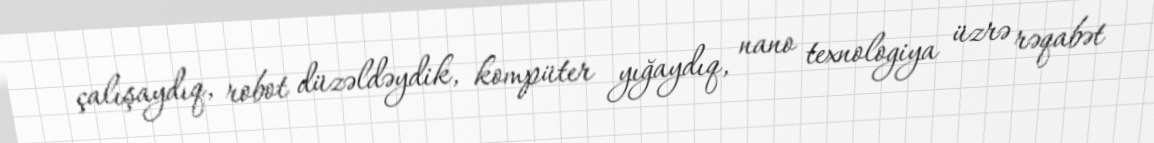
çalışaydıq, robot düzəldəydik, kompüter yığaydıq, nano texnologiya üzrə rəqabət